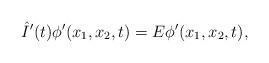
LaTeX: \begin{align*} \hat I'(t)\phi'( x_1, x_2,t)=E \phi'( x_1, x_2,t),\end{align*}